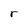
Character: r